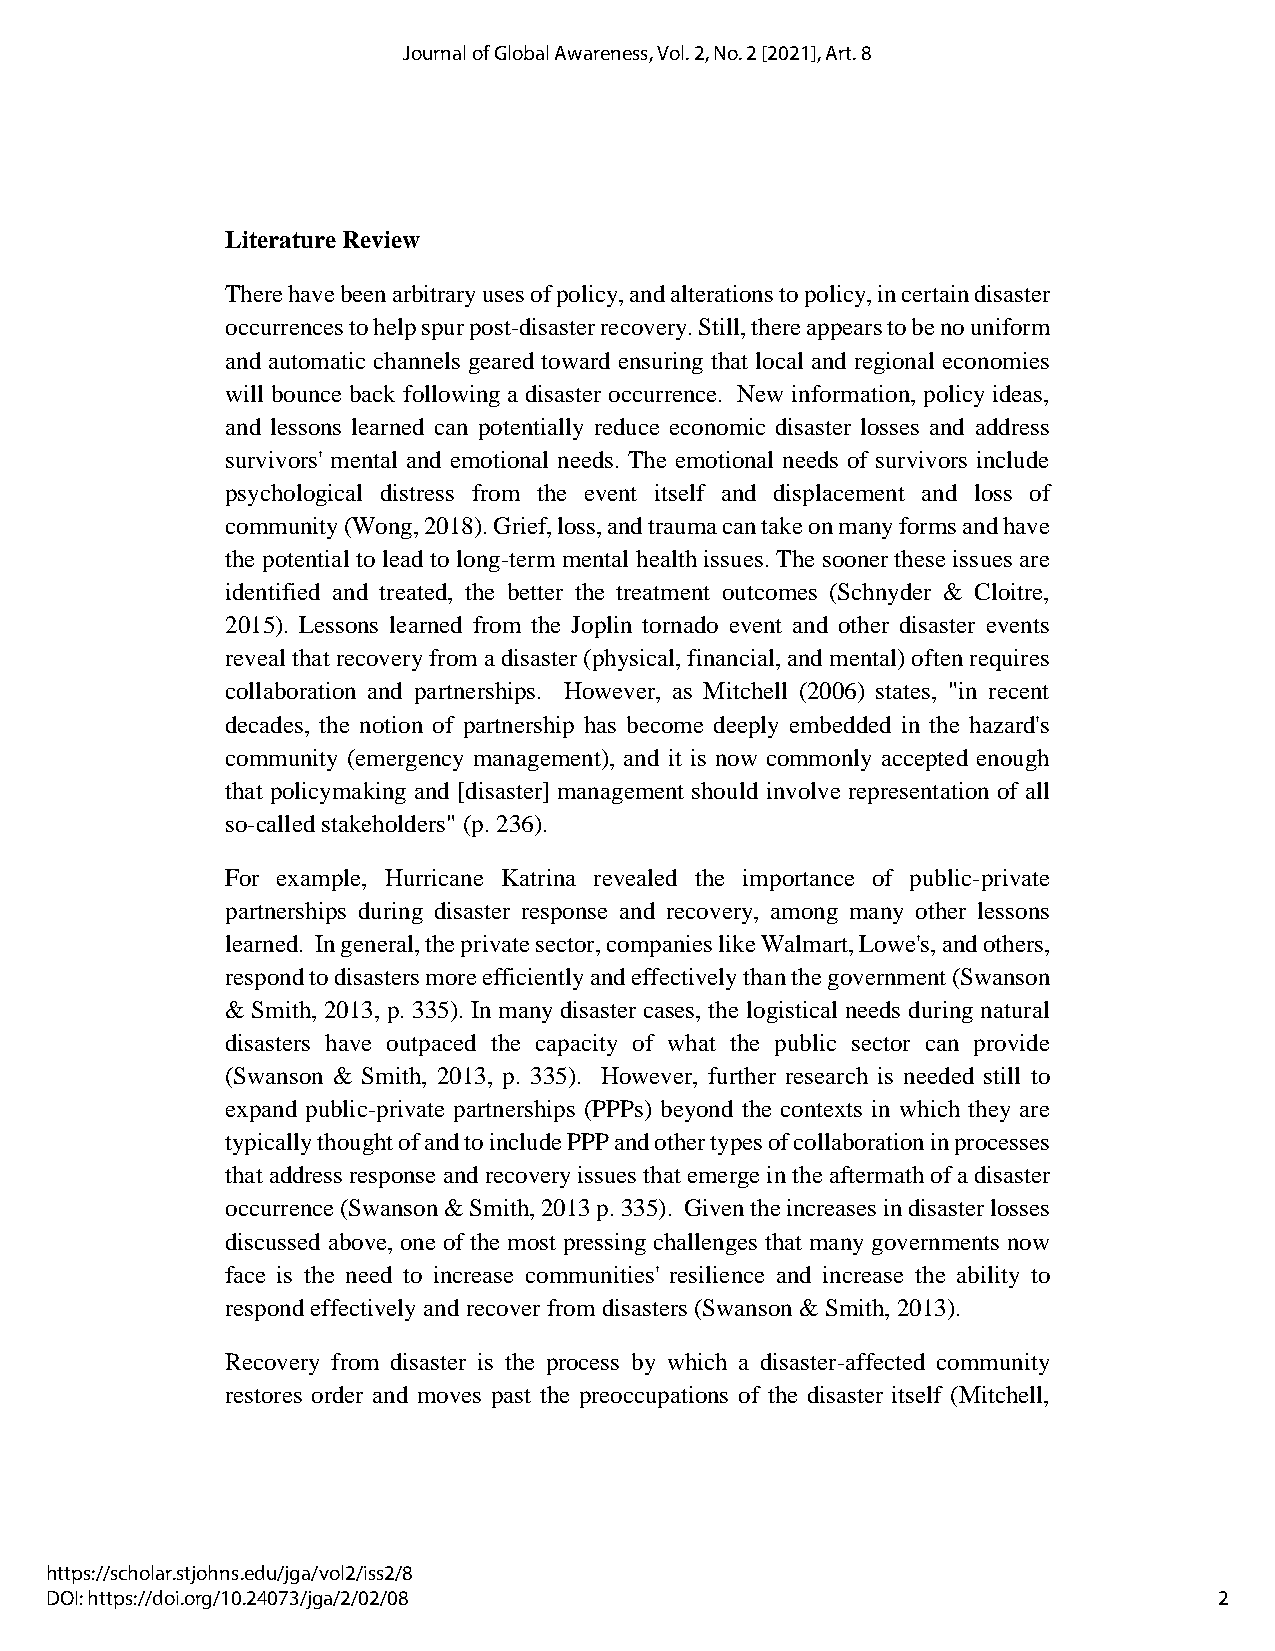
Journal of Global Awareness, Vol. 2, No. 2 [2021], Art. 8
 Literature Review
 There have been arbitrary uses of policy, and alterations to policy, in certain disaster
 occurrences to help spur post-disaster recovery. Still, there appears to be no uniform
 and automatic channels geared toward ensuring that local and regional economies
 will bounce back following a disaster occurrence. New information, policy ideas,
 and lessons learned can potentially reduce economic disaster losses and address
 survivors' mental and emotional needs. The emotional needs of survivors include
 psychological distress from the event itself and displacement and loss of
 community (Wong, 2018). Grief, loss, and trauma can take on many forms and have
 the potential to lead to long-term mental health issues. The sooner these issues are
 identified and treated, the better the treatment outcomes (Schnyder & Cloitre,
 2015). Lessons learned from the Joplin tornado event and other disaster events
 reveal that recovery from a disaster (physical, financial, and mental) often requires
 collaboration and partnerships. However, as Mitchell (2006) states, "in recent
 decades, the notion of partnership has become deeply embedded in the hazard's
 community (emergency management), and it is now commonly accepted enough
 that policymaking and [disaster] management should involve representation of all
 so-called stakeholders" (p. 236).
 For example, Hurricane Katrina revealed the importance of public-private
 partnerships during disaster response and recovery, among many other lessons
 learned. In general, the private sector, companies like Walmart, Lowe's, and others,
 respond to disasters more efficiently and effectively than the government (Swanson
 & Smith, 2013, p. 335). In many disaster cases, the logistical needs during natural
 disasters have outpaced the capacity of what the public sector can provide
 (Swanson & Smith, 2013, p. 335). However, further research is needed still to
 expand public-private partnerships (PPPs) beyond the contexts in which they are
 typically thought of and to include PPP and other types of collaboration in processes
 that address response and recovery issues that emerge in the aftermath of a disaster
 occurrence (Swanson & Smith, 2013 p. 335). Given the increases in disaster losses
 discussed above, one of the most pressing challenges that many governments now
 face is the need to increase communities' resilience and increase the ability to
 respond effectively and recover from disasters (Swanson & Smith, 2013).
 Recovery from disaster is the process by which a disaster-affected community
 restores order and moves past the preoccupations of the disaster itself (Mitchell,
 https://scholar.stjohns.edu/jga/vol2/iss2/8
 DOI: https://doi.org/10.24073/jga/2/02/08                                     2